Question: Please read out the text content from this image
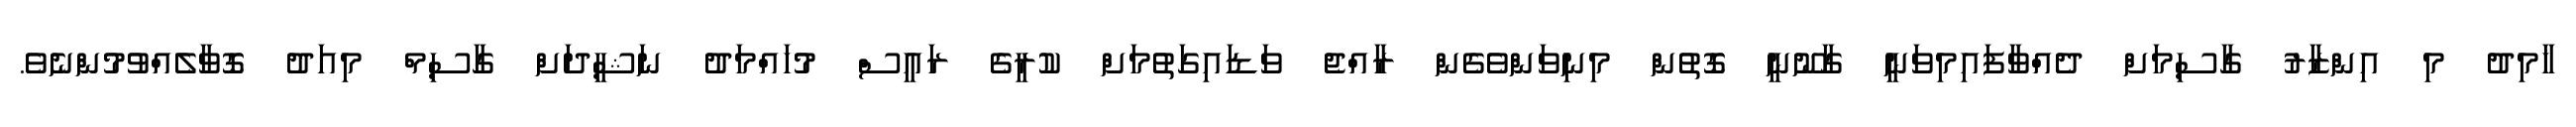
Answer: ހާމިދު މި އިންޒާރު ގާސިމަށް ދެއްވާފައިމިވަނީ ގާނޫނީ ގޮތުން މިނިވަންވެގެން ރާއްޖެ ވަޑައިގަތުމަށް ކުރީގެ ރައީސް މުހައްމަދު ނަޝީދަށް ގާސިމް މިއަދު ގޮވާލެއްވުމުންނެވެ.